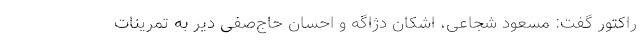
راکتور گفت: مسعود شجاعی،‌ اشکان دژاگه و احسان حاج‌صفی دیر به تمرینات